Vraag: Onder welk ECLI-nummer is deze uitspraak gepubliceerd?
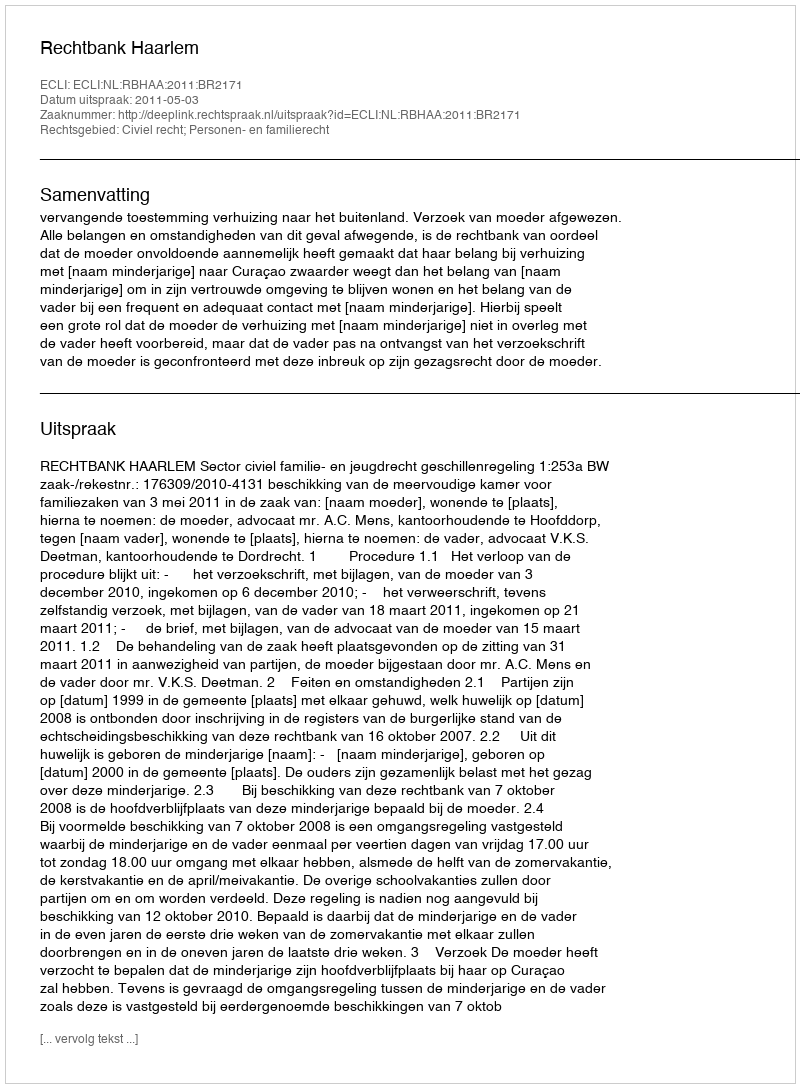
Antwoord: ECLI:NL:RBHAA:2011:BR2171